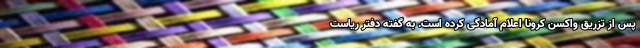
پس از تزریق واکسن کرونا اعلام آمادگی کرده است. به گفته دفتر ریاست